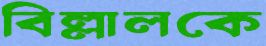
বিল্লালকে